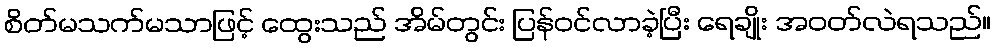
စိတ်မသက်မသာဖြင့် ထွေးသည် အိမ်တွင်း ပြန်ဝင်လာခဲ့ပြီး ရေချိုး အဝတ်လဲရသည်။